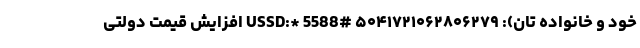
خود و خانواده تان): ۵۰۴۱۷۲۱۰۶۲۸۰۶۲۷۹ USSD:* 5588# افزایش قیمت دولتی